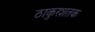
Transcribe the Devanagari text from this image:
ठाकुरशतक